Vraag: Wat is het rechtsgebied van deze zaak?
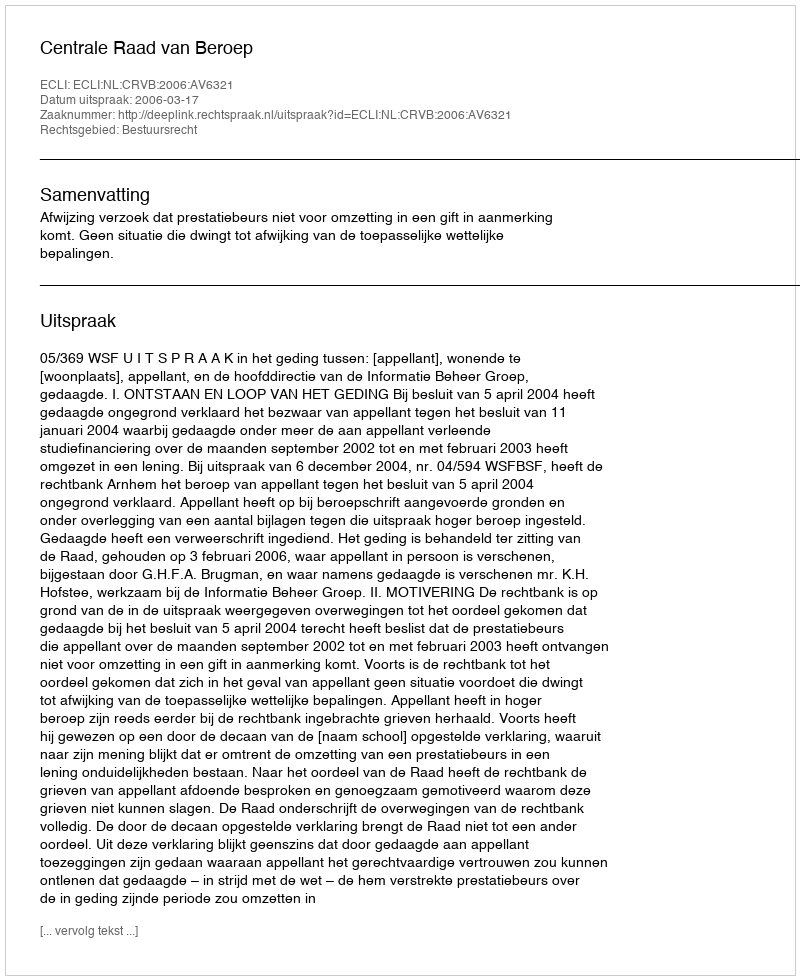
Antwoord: Bestuursrecht